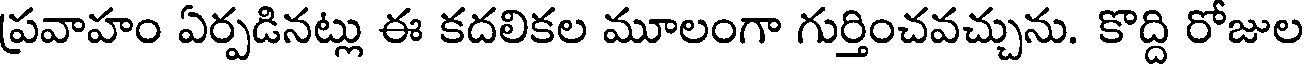
ప్రవాహం ఏర్పడినట్లు ఈ కదలికల మూలంగా గుర్తించవచ్చును. కొద్ది రోజుల